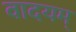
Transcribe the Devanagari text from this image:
वादयम्